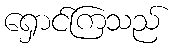
ရှောင်ကြသည်